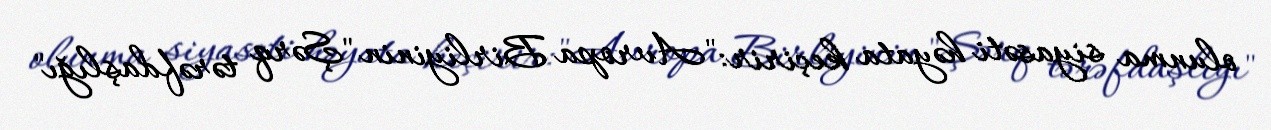
olunma siyasəti həyata keçirir: "Avropa Birliyinin "Şərq tərəfdaşlığı"